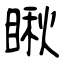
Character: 瞅